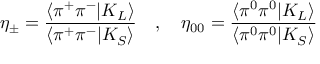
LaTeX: \eta _ { \pm } = \frac { \langle \pi ^ { + } \pi ^ { - } | K _ { L } \rangle } { \langle \pi ^ { + } \pi ^ { - } | K _ { S } \rangle } \quad , \quad \eta _ { 0 0 } = \frac { \langle \pi ^ { 0 } \pi ^ { 0 } | K _ { L } \rangle } { \langle \pi ^ { 0 } \pi ^ { 0 } | K _ { S } \rangle }